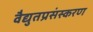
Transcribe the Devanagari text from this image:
वैद्युतप्रसंस्करण